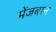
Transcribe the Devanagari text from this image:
मेंजबान